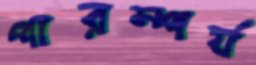
পারম্পর্য